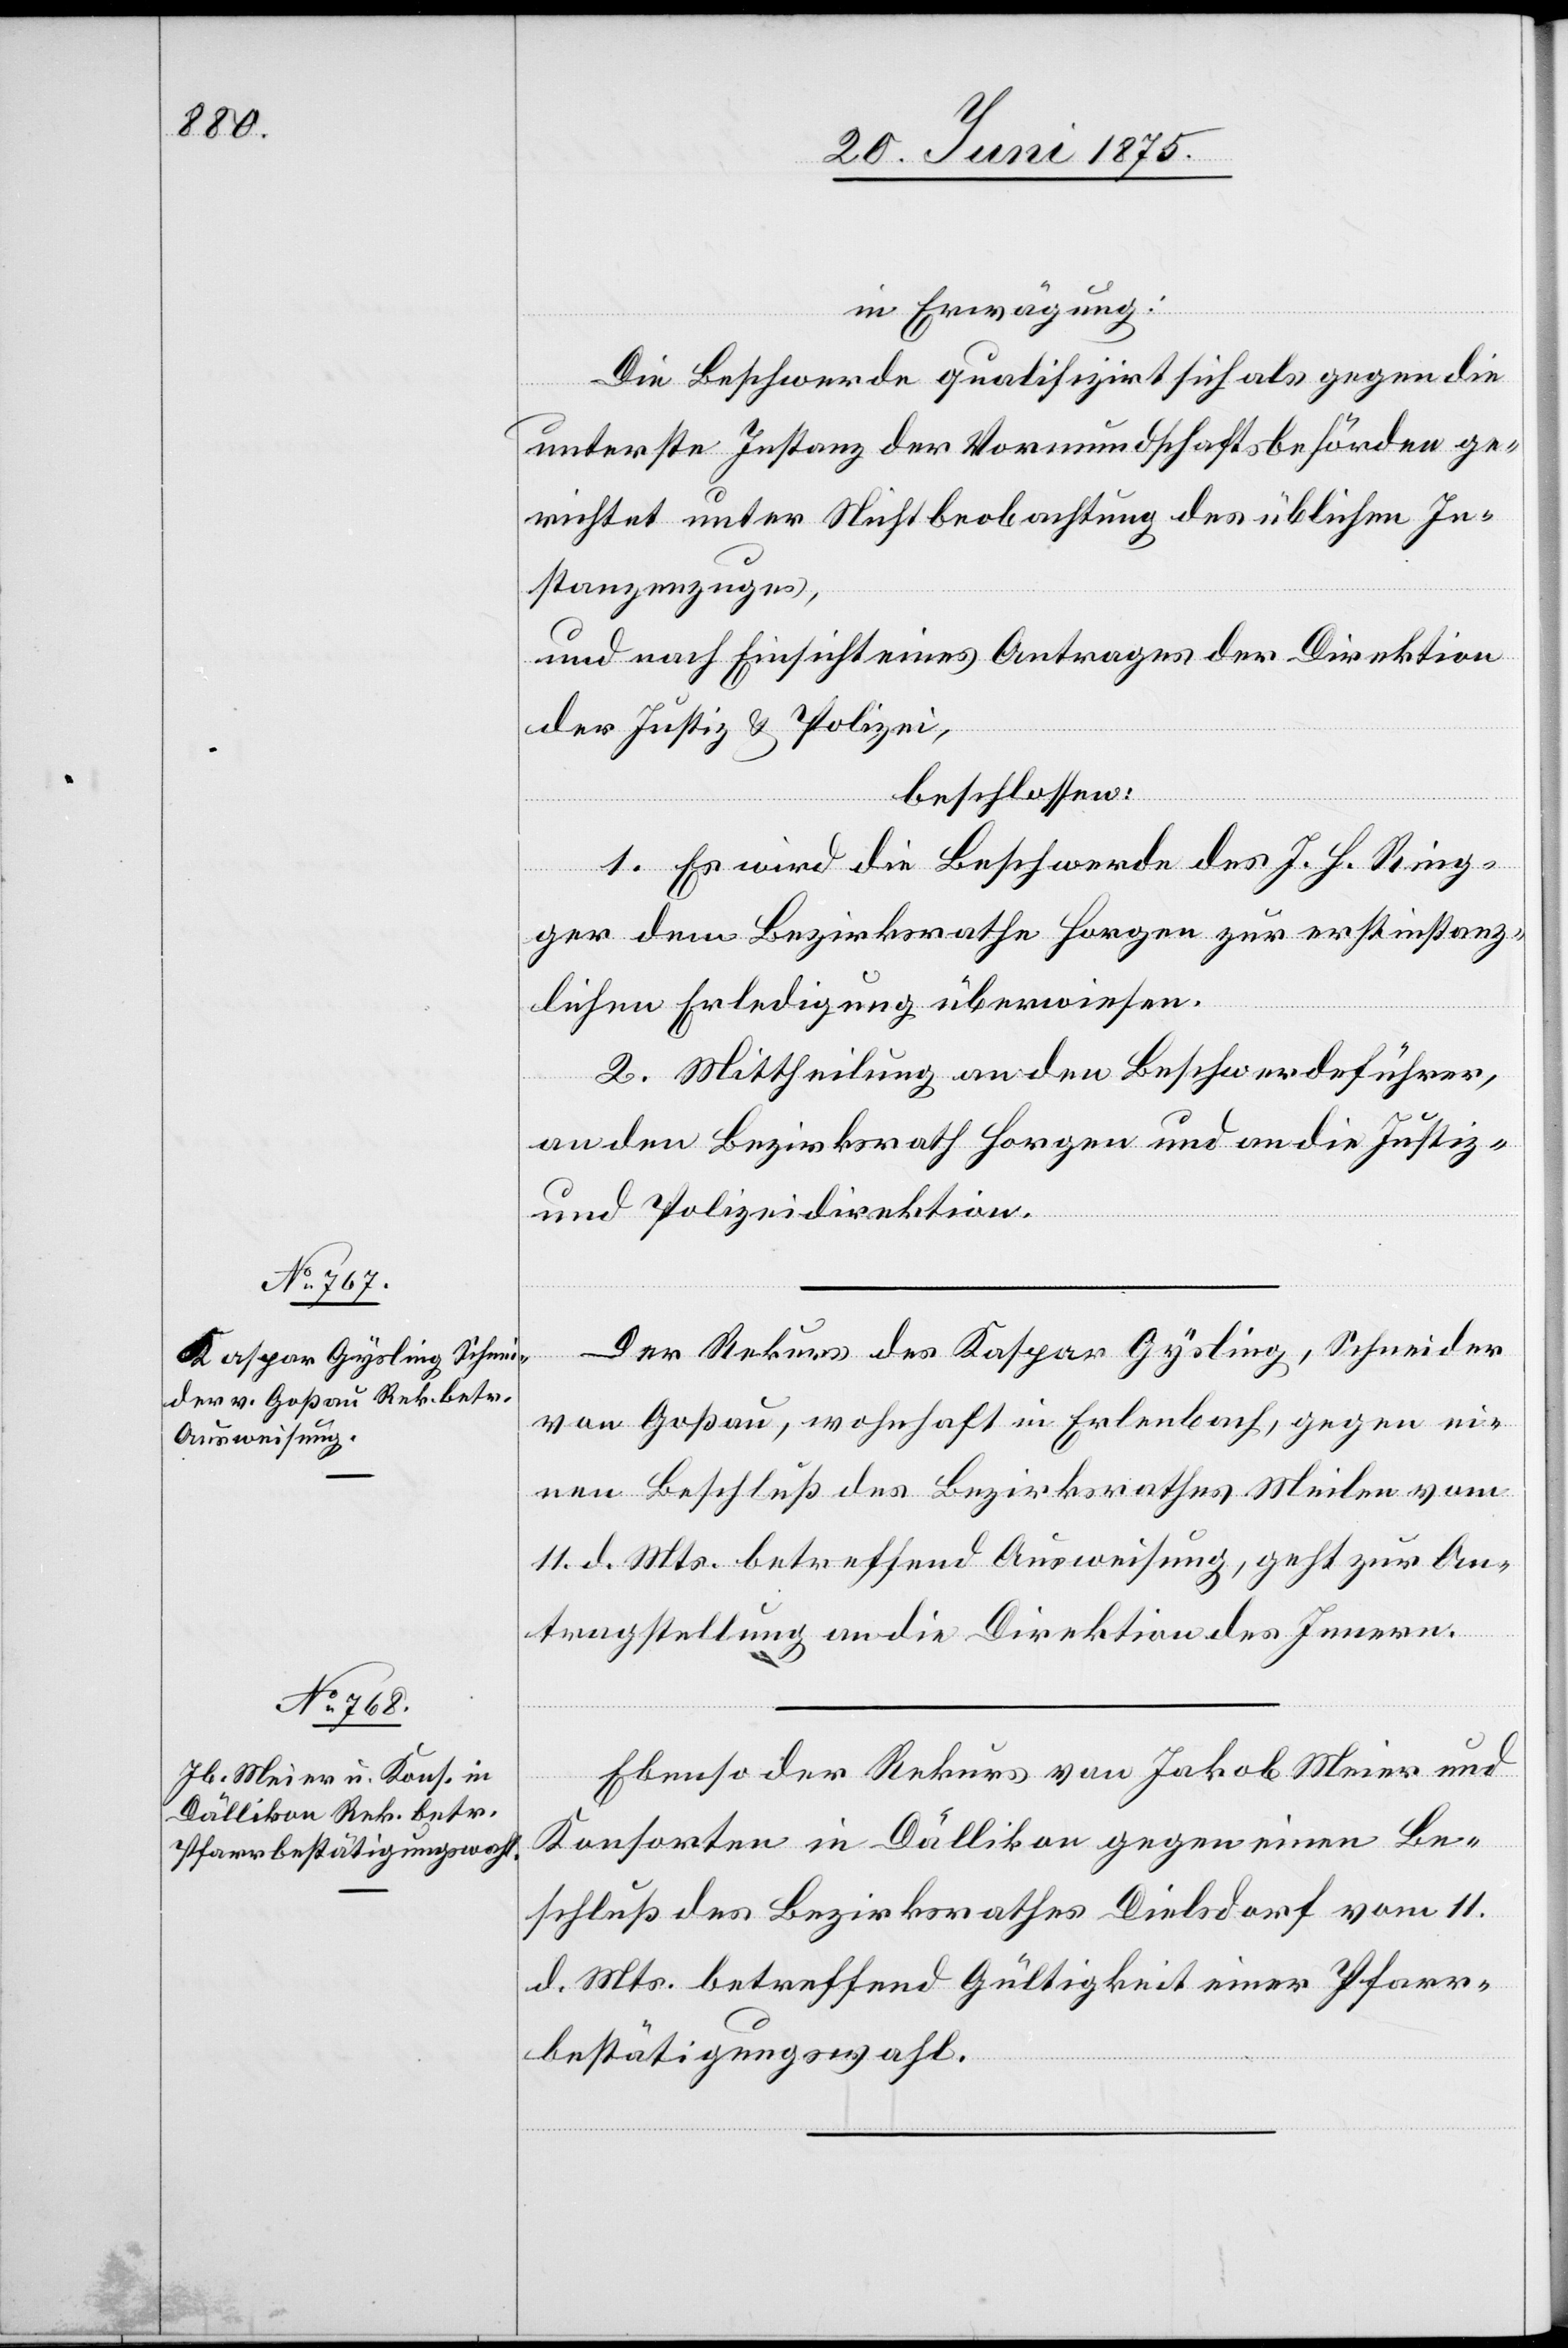
21. Juni 1875.]
in Erwägung:
Die Beschwerde qulifizirt sich als gegen die
unterste Instanz der Vormundschaftsbehörden ge¬
richtet unter Nichtbeobachtung des üblichen In¬
stanzenzuges,
und nach Einsicht eines Antrages der Direktion
der Justiz & Polizei,
beschlossen:
1. Es wird die Beschwerde des J. H. Ring¬
ger dem Bezirksrathe Horgen zur erstinstanz¬
lichen Erledigung überwiesen.
2. Mittheilung an den Beschwerdeführer,
an den Bezirksrath Horgen und an die Justiz-
und Polizeidirektion.
Der Rekurs des Kaspar Gysling, Schneider
von Goßau, wohnhaft in Erlenbach, gegen ei¬
nen Beschluß des Bezirksrathes Meilen vom
11. d. Mts. betreffend Ausweisung, geht zur An¬
tragstellung an die Direktion des Innern.
Ebenso er Rekurs von Jakob Meier und
Konsorten in Dällikon gegen einen Be¬
schluß des Bezirksrathes Dielsdorf vom 11.
d. Mts. betreffend Gültigkeit einer Pfarr¬
bestätigungswahl.